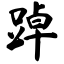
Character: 踔